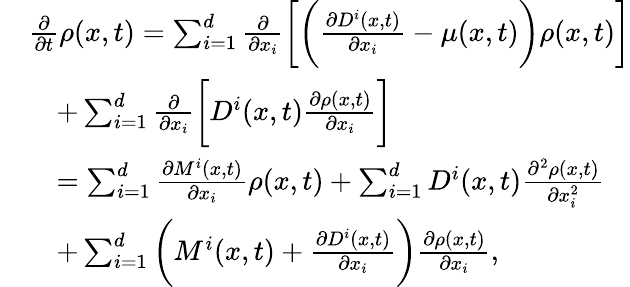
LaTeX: \begin{array}{rl}&{\frac{\partial}{\partial t}\rho(x,t)=\sum_{i=1}^{d}\frac{\partial}{\partial x_{i}}\bigg[\bigg(\frac{\partial D^{i}(x,t)}{\partial x_{i}}-\mu(x,t)\bigg)\rho(x,t)\bigg]}\\ &{\quad+\sum_{i=1}^{d}\frac{\partial}{\partial x_{i}}\bigg[D^{i}(x,t)\frac{\partial\rho(x,t)}{\partial x_{i}}\bigg]}\\ &{\quad=\sum_{i=1}^{d}\frac{\partial M^{i}(x,t)}{\partial x_{i}}\rho(x,t)+\sum_{i=1}^{d}D^{i}(x,t)\frac{\partial^{2}\rho(x,t)}{\partial x_{i}^{2}}}\\ &{\quad+\sum_{i=1}^{d}\bigg(M^{i}(x,t)+\frac{\partial D^{i}(x,t)}{\partial x_{i}}\bigg)\frac{\partial\rho(x,t)}{\partial x_{i}},}\end{array}